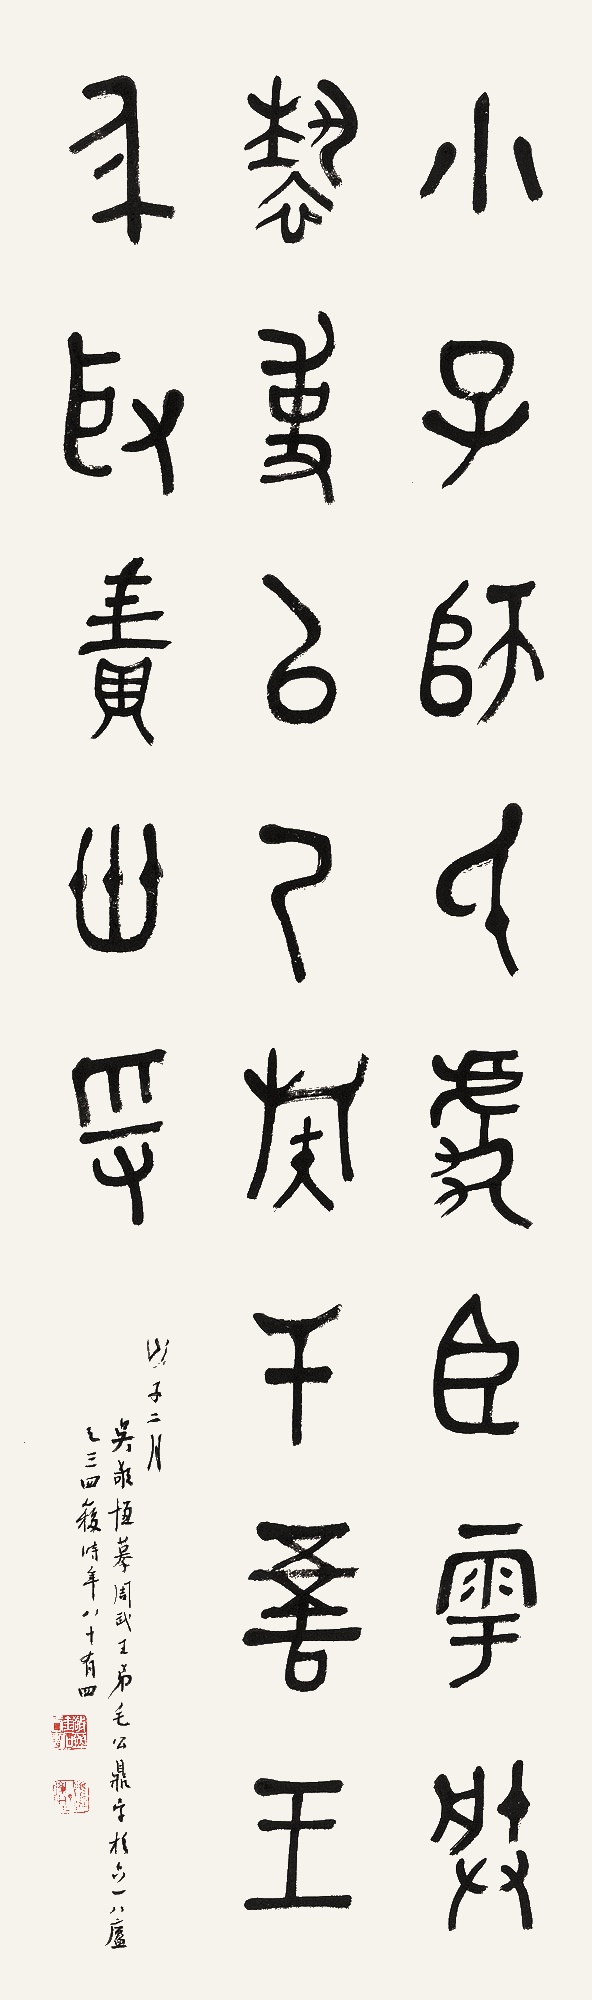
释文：小子，师氏，虎臣雩朕亵事，以乃族干吾王身，取专卅寽。戊子二月，吴敬恒摹周武王弟毛公鼎字于六一六庐之三四簃，时年八十有四。